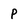
Character: p